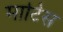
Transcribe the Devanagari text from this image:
माटिस